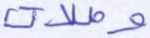
وصلات